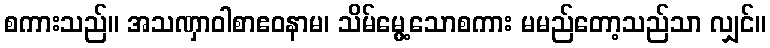
စကားသည်။ အသဏှာဝါစာဧဝနာမ၊ သိမ်မွေ့သောစကား မမည်တော့သည်သာ လျှင်။